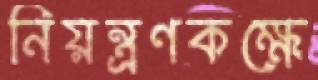
নিয়ন্ত্রণকক্ষে